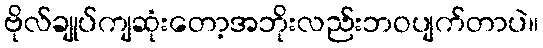
ဗိုလ်ချုပ်ကျဆုံးတော့အဘိုးလည်းဘဝပျက်တာပဲ။